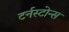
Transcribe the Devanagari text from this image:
टर्नस्टोन्स